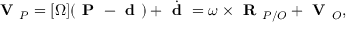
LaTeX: { \textbf { V } } _ { P } = [ \Omega ] ( { \textbf { P } } - { \textbf { d } } ) + { \dot { \textbf { d } } } = \omega \times { \textbf { R } } _ { P / O } + { \textbf { V } } _ { O } ,